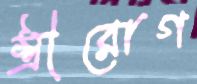
স্ত্রীরোগ